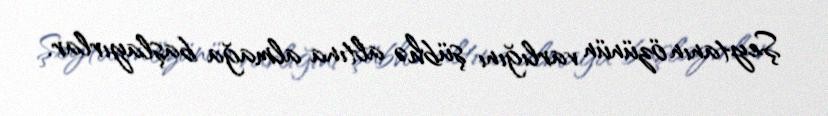
Şeytanın özünün varlığını şübhə altına almağa başlayırlar.